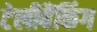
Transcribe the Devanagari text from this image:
टेलीबैंकिंग